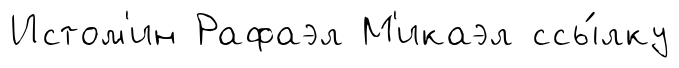
Истом'ин Рафаэл М'икаэл ссы́лку